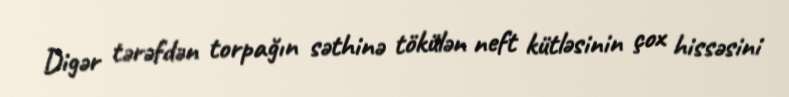
Digər tərəfdən torpağın səthinə tökülən neft kütləsinin çox hissəsini